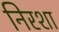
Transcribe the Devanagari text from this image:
निरशा